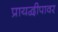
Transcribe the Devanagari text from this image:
प्रायद्वीपावर